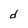
Character: d